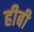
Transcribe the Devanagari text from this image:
हीबी